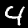
Digit: 4